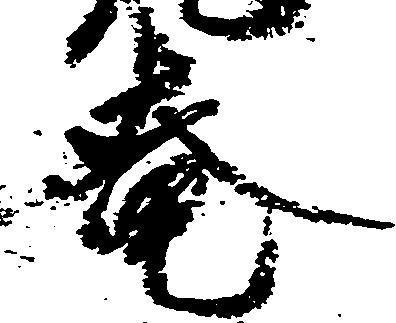
庵